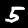
Label: 5